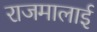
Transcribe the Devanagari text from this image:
राजमालाई